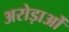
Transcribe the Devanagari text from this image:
अरोड़ाओं